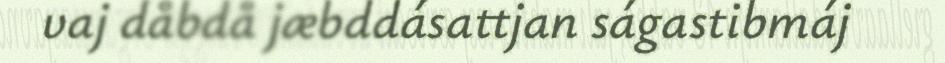
vaj dåbdå jæbddásattjan ságastibmáj